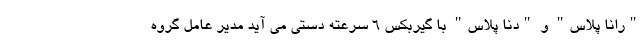
"رانا پلاس" و "دنا پلاس" با گیربکس 6 سرعته دستی می آید مدیر عامل گروه